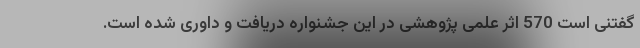
گفتنی است 570 اثر علمی پژوهشی در این جشنواره دریافت و داوری شده است.